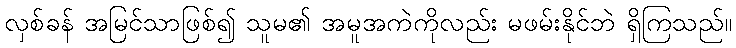
လှစ်ခန် အမြင်သာဖြစ်၍ သူမ၏ အမူအကဲကိုလည်း မဖမ်းနိုင်ဘဲ ရှိကြသည်။